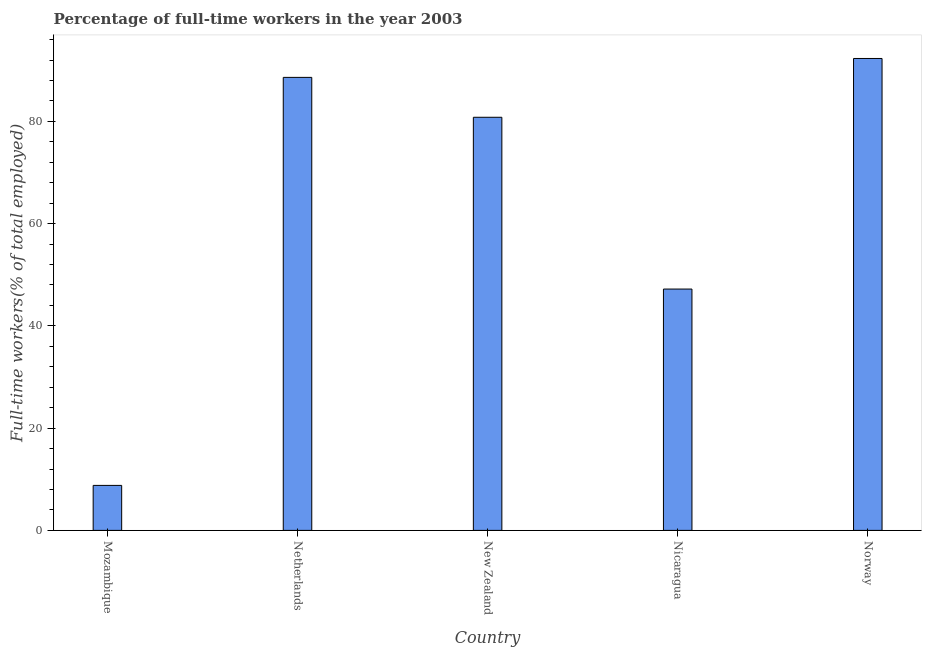
| Country | Wage and salaried workers |
 | --- | --- |
 | Mozambique | 8.8 |
 | Netherlands | 88.6 |
 | New Zealand | 80.8 |
 | Nicaragua | 47.2 |
 | Norway | 92.3 |